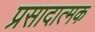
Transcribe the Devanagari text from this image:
प्रसादात्मक